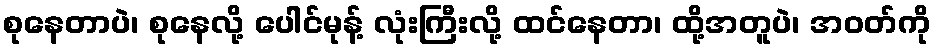
စုနေတာပဲ၊ စုနေလို့ ပေါင်မုန့် လုံးကြီးလို့ ထင်နေတာ၊ ထို့အတူပဲ၊ အဝတ်ကို